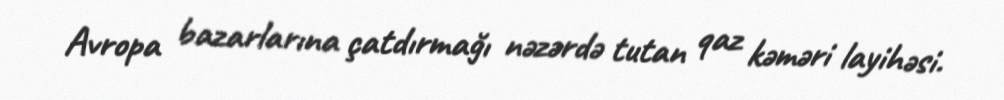
Avropa bazarlarına çatdırmağı nəzərdə tutan qaz kəməri layihəsi.